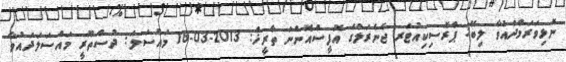
ނޮޅިވަރަމްދައުވާ ލިބޭ: ޕްރޮސިކިއުޓަރ ޖެނެރަލްގެ އޮފީސްއޮންނަ ތާރީޚް: 2013-03-18 މައްސަލަ: ދުސްތޫރީ މައްސަލަދައުވާ